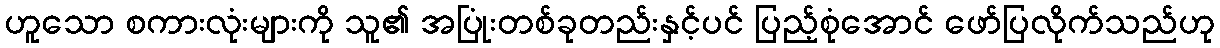
ဟူသော စကားလုံးများကို သူ၏ အပြုံးတစ်ခုတည်းနှင့်ပင် ပြည့်စုံအောင် ဖော်ပြလိုက်သည်ဟု